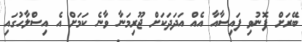
ބޭރަށް ފޮނުވި ފައިސާއާ އެއް އަދަދަކަށް ޖޫރިމަނާ ވާނެ ކަމަށް އެ އިސްލާހުގައި